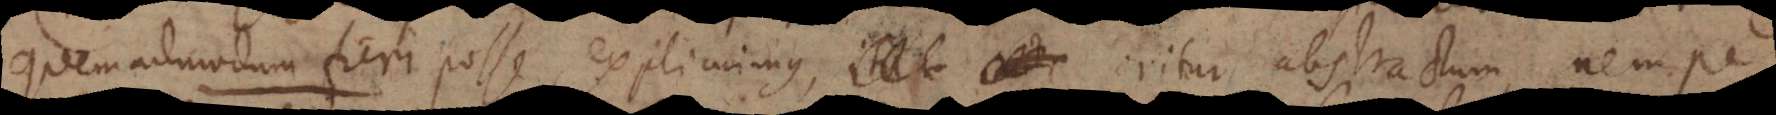
quemadmodum fieri posse explicuimus, oritur abstractum, nemp